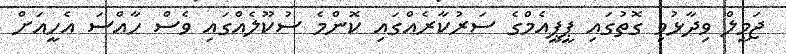
ޖަމީލް ވިދާޅުވި ގޮތުގައި ޕީޕީއެމްގެ ސަރުކާރެއްގައި ކޮންމެ ސުކޫލެއްގައި ވެސް ހާއްސަ އެހީއަށް